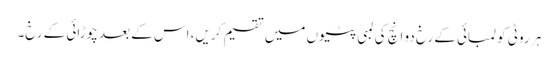
ہر روٹی کو لمبائی کے رخ دو انچ کی لمبی پٹیوں میں تقسیم کریں، اس کے بعد چوڑائی کے رخ۔